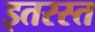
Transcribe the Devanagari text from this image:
इतरस्त